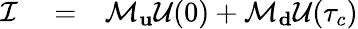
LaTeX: \begin{array}{rlr}{\mathcal{I}}&{{}=}&{\mathcal{M}_{\mathbf u}\mathcal{U}(0)+\mathcal{M}_{\mathbf d}\mathcal{U}(\tau_{c})}\end{array}